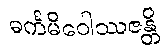
ဓင်္ကမိဝေါဿဇန္တိ